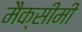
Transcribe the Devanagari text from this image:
मैक्सीमी